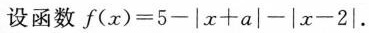
设函数$$f ( x ) = 5 - | x + a | - | x - 2 |$$.